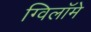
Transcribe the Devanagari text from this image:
ग्विलॉमे